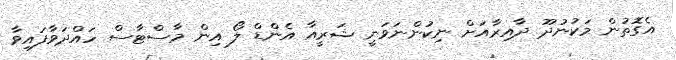
އެގޮތުން މަކުނުދޫ ދާއިރާއަށް ނިކުންނަވަނީ ޝަރީއާ އެންޑް ލޯ އިން މާސްޓާސް ހައްދަވާފައިވާ